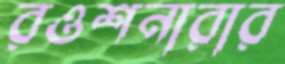
রওশনারার